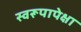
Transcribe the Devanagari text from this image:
स्वरूपापेक्षा